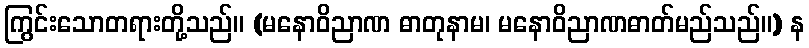
ကြွင်းသောတရားတို့သည်။ (မနောဝိညာဏ ဓာတုနာမ၊ မနောဝိညာဏဓာတ်မည်သည်။) န